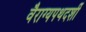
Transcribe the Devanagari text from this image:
वैराग्यपथदर्शी